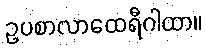
ဥပစာလာထေရီဂါထာ။